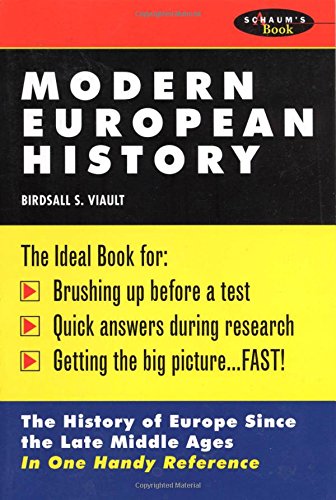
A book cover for Modern European History; Birdsall Viault; Test Preparation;